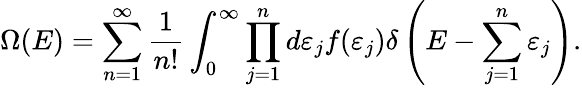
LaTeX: \Omega(E)=\sum_{n=1}^{\infty}{\frac{1}{n!}}\int_{0}^{\infty}\prod_{j=1}^{n}d\varepsilon_{j}f(\varepsilon_{j})\delta\left(E-\sum_{j=1}^{n}\varepsilon_{j}\right).